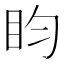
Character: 盷